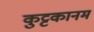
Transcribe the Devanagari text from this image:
कुट्टकानम